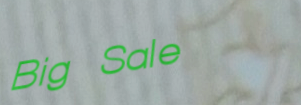
Big Sale